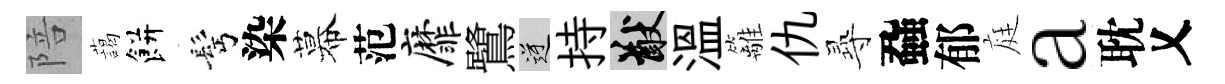
陪藹餅髩染幕范靡鷺逆持猷溫籬仇𡬶蝨郁庭a耽乂